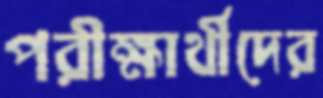
পরীক্ষার্থীদের